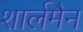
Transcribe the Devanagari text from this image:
शार्लमैन